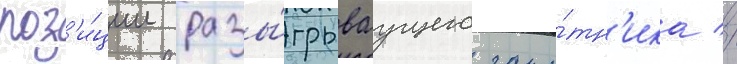
поз'и́ции разы́грываущего защи́тн'ика //